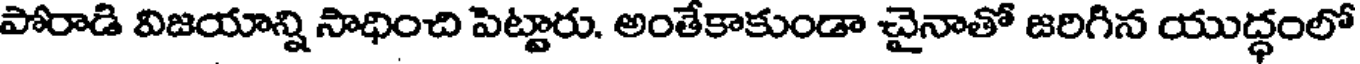
పోరాడి విజయాన్ని సాధించి పెట్టారు. అంతేకాకుండా చైనాతో జరిగిన యుద్ధంలో